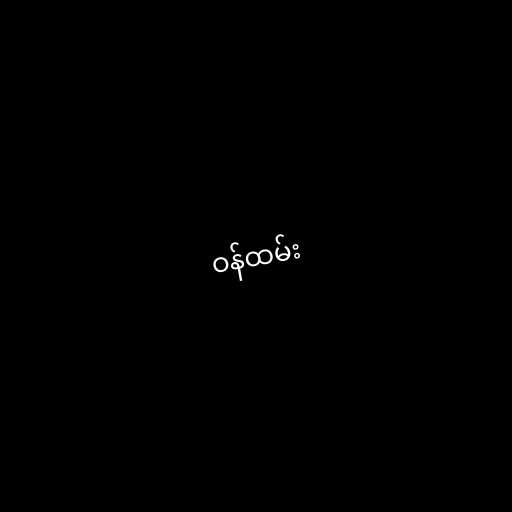
ဝန်ထမ်း